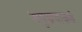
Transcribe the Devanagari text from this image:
समुच्चयाकडे